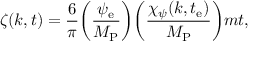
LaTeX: \zeta ( k , t ) = \frac { 6 } { \pi } \biggl ( \frac { \psi _ { \mathrm { e } } } { M _ { \mathrm { P } } } \biggr ) \biggl ( \frac { \chi _ { \psi } ( k , t _ { \mathrm { e } } ) } { M _ { \mathrm { P } } } \biggr ) m t ,